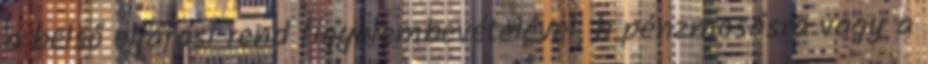
a belső eljárási rend figyelembevételével, b pénzmosásra vagy a